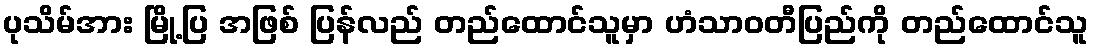
ပုသိမ်အား မြို့ပြ အဖြစ် ပြန်လည် တည်ထောင်သူမှာ ဟံသာဝတီပြည်ကို တည်ထောင်သူ